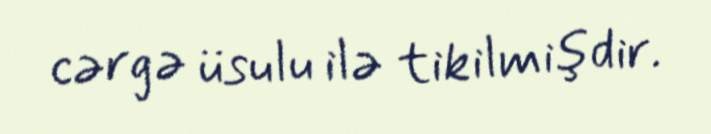
cərgə üsulu ilə tikilmişdir.